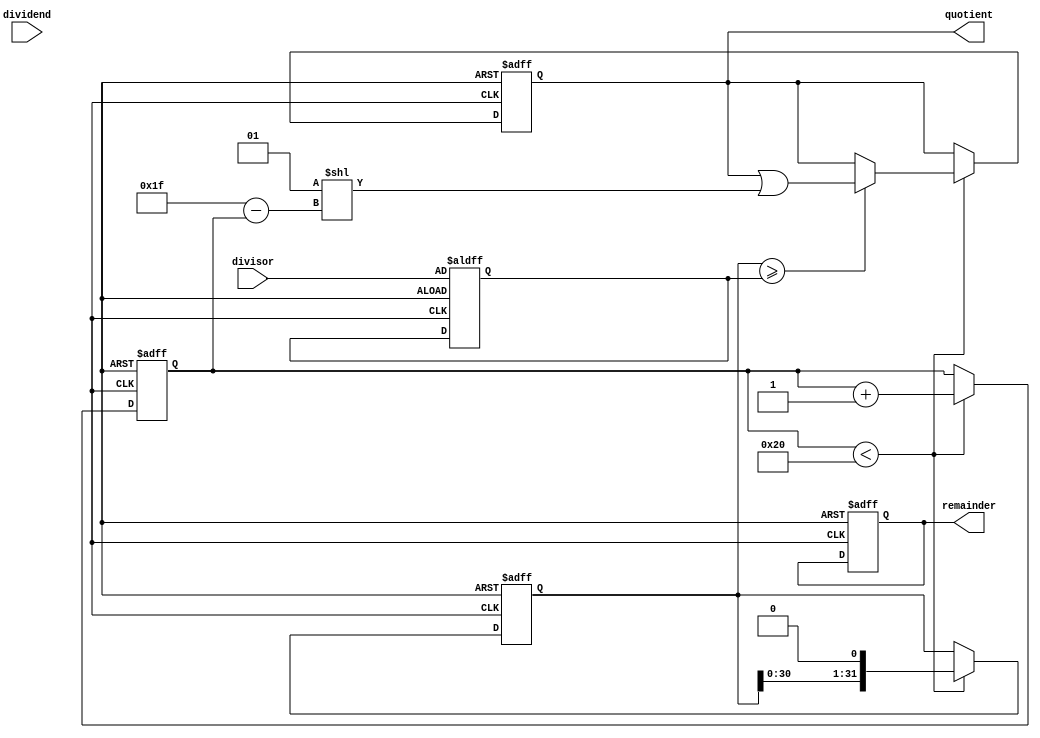
module shift_subtract_divider (
    input signed [31:0] dividend,
    input signed [31:0] divisor,
    output reg signed [31:0] quotient,
    output reg signed [31:0] remainder
);

reg signed [31:0] shift_reg;
reg [31:0] count;
reg signed [31:0] temp_divisor;

always @ (posedge clk or posedge rst) begin
    if (rst) begin
        shift_reg <= 0;
        count <= 0;
        quotient <= 0;
        remainder <= 0;
        temp_divisor <= divisor;
    end else begin
        if (count < 32) begin
            if (shift_reg >= temp_divisor) begin
                shift_reg <= shift_reg - temp_divisor;
                quotient <= quotient | (1 << (31 - count));
            end
            shift_reg <= shift_reg << 1;
            count <= count + 1;
        end
    end
end

endmodule